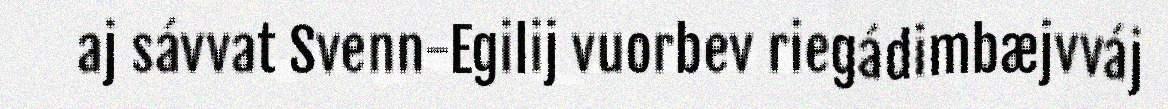
aj sávvat Svenn-Egilij vuorbev riegádimbæjvváj